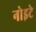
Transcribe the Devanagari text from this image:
नोइटे